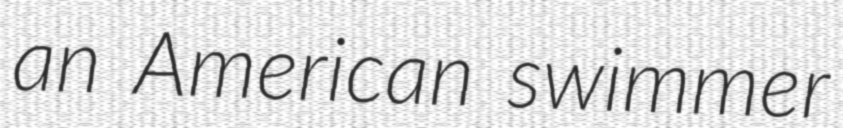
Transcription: an American swimmer